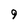
Character: 9